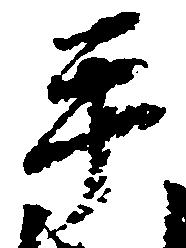
平